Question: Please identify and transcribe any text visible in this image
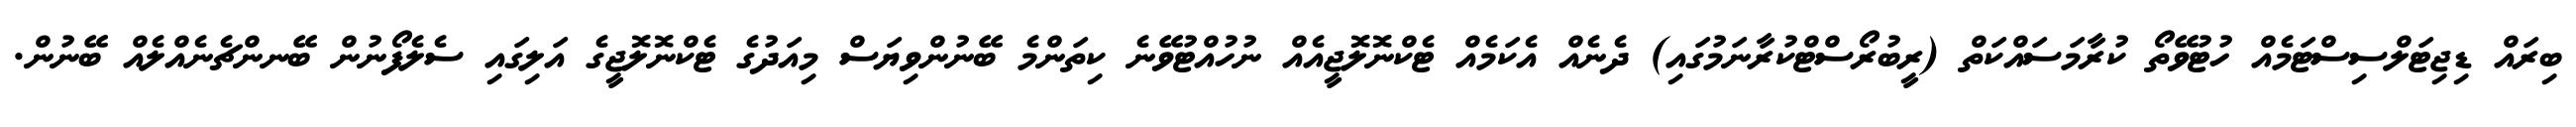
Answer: ބިރައް ޑިޖިޓަލްސިސްޓަމެއް ހުޓުވޭތޯ ކުރާމަސައްކަތް (ރީބުރޯސްޓްކުރާނަމުގައި) ދެނެއް އެކަމެއް ޓެކްނޮލޮޖީއެއް ނުހުއްޓުވޭނެ ކިތަންމެ ބޭނުންވިޔަސް މިއަދުގެ ޓެކްނޮލޮޖީގެ އަލިގައި ސެލެފޯނުން ބޭނންޗެނެއްލެއް ބޭނުން.